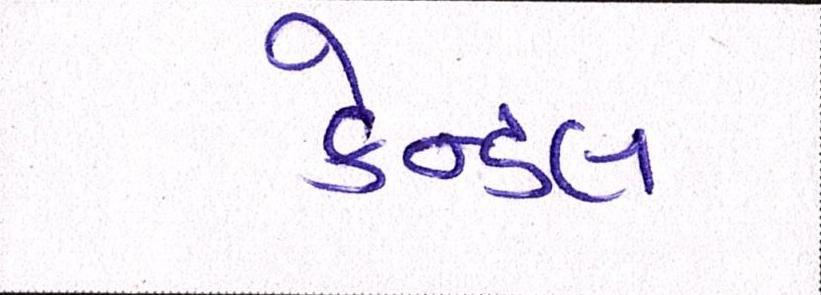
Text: કેન્ડલ